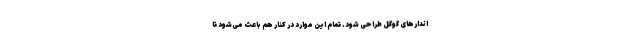
اندارهای گوگل طراحی شود. تمام این موارد در کنار هم باعث می‌شود تا